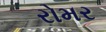
રોમર